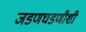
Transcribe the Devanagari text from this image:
जडणघडणीशी